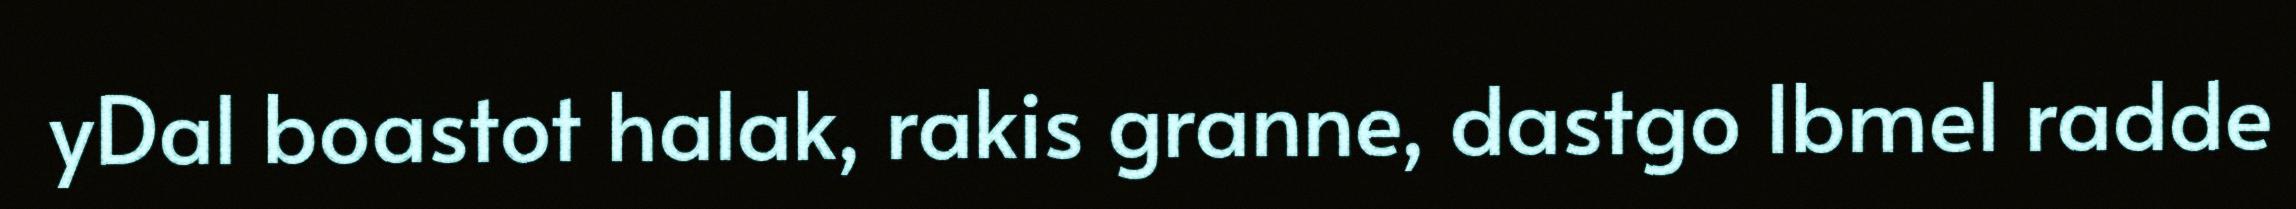
yDal boastot halak, rakis granne, dastgo Ibmel radde